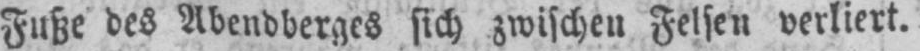
Fuße des Abendberges sich zwischen Felsen verliert.